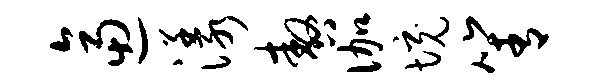
逼漾嗷伽境箐